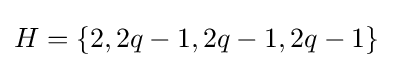
H=\{2,2q-1,2q-1,2q-1\}